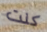
كنت